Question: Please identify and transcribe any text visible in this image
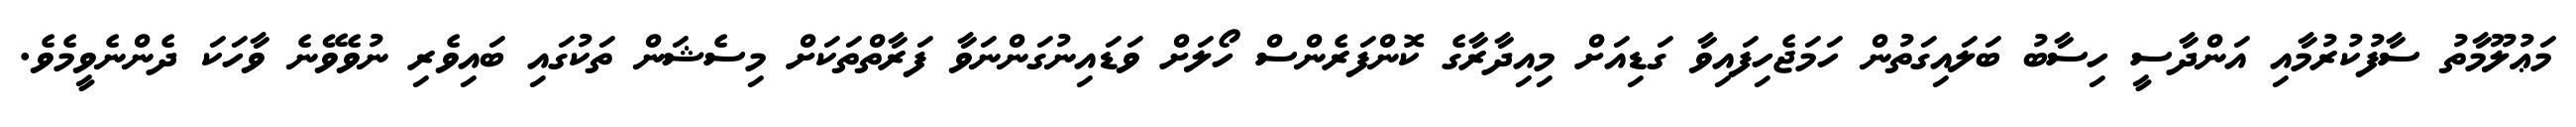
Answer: މަޢުލޫމާތު ސާފުކުރުމާއި އަންދާސީ ހިސާބު ބަލައިގަތުން ހަމަޖެހިފައިވާ ގަޑިއަށް މިއިދާރާގެ ކޮންފަރެންސް ހޯލަށް ވަޑައިނުގަންނަވާ ފަރާތްތަކަށް މިސެޝަން ތަކުގައި ބައިވެރި ނުވެވޭނެ ވާހަކަ ދެންނެވީމެވެ.